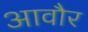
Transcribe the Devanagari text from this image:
आवौर